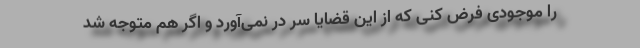
را موجودی فرض کنی که از این قضایا سر در نمی‌آورد و اگر هم متوجه شد